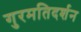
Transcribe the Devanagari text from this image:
गुरमतिदर्शन